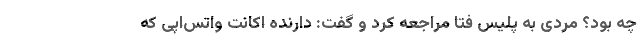
چه بود؟ مردی به پلیس فتا مراجعه کرد و گفت: دارنده اکانت واتس‌اپی که